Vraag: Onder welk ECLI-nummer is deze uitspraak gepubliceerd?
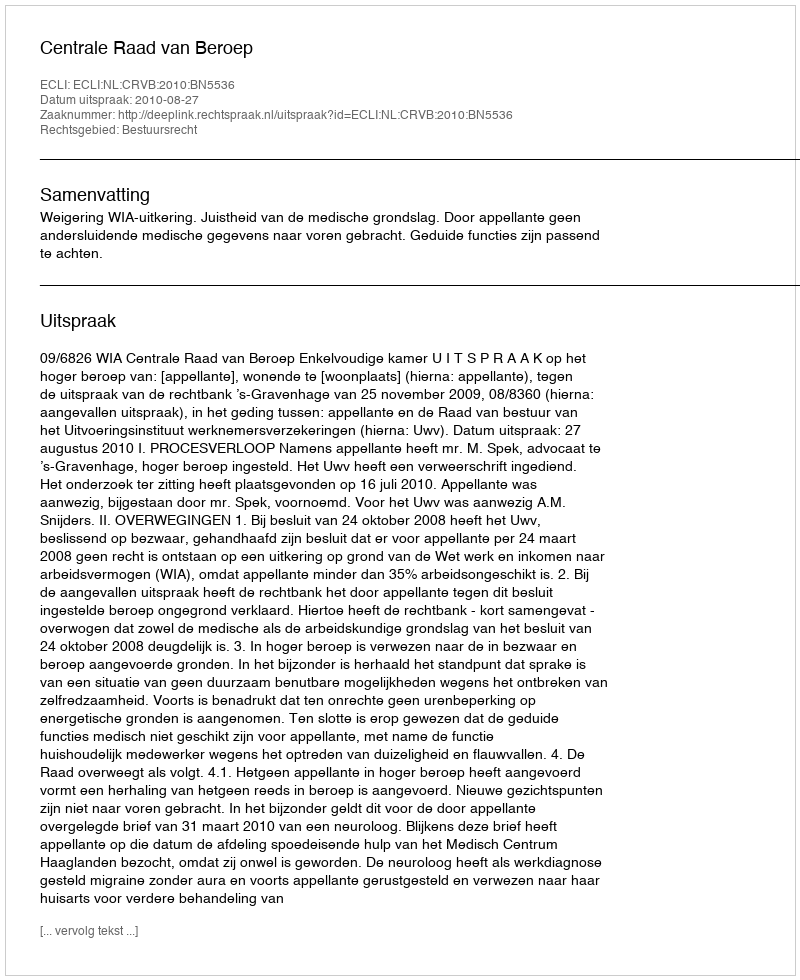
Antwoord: ECLI:NL:CRVB:2010:BN5536